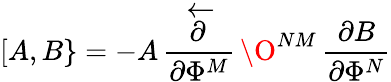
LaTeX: [A,B\} =-A\, {\frac{\stackrel{\leftarrow}{\partial}}{\partial\Phi^{M}}}\, \O^{NM}\, {\frac{\partial B}{\partial\Phi^{N}}}